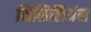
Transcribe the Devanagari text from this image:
सिसिलिअंस